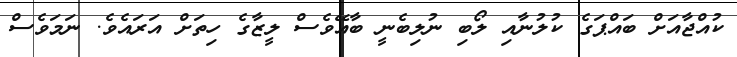
ކުއްޖާއަށް ބައްޕަގެ ކުލުނާއި ލޯބި ނުލިބެނީ ބާއޭވެސް ލީޒާގެ ހިތަށް އަރައެެވެ. ނަމަވެސް